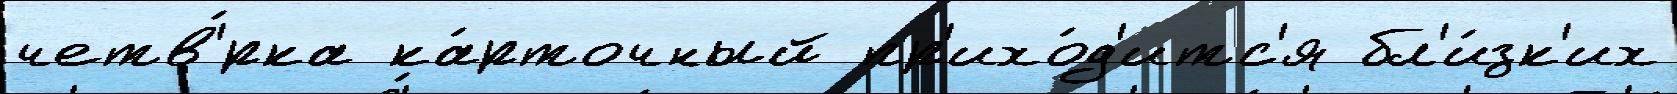
четв'́рка ка́рточный пр'ихо́д'итс'я бл'и́зк'их